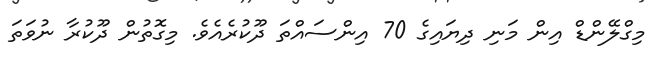
މިގްލޭންޑް އިން މަނި ދިޔައިގެ 70 އިންސައްތަ ދޫކުރެއެވެ. މިގޮތުން ދޫކުރާ ނުވަތަ